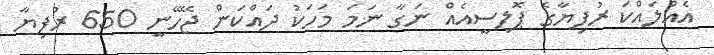
އެއްލައްކަ ރުފިޔާގެ ޕޮލިސީއެއް ނަގާ ނަމަ މަހަކު ދައްކަން ޖޭހޭނީ 650 ރުފިޔާ